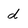
Character: d